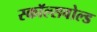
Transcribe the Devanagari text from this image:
स्कॉल्सवोल्ड